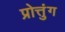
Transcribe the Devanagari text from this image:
प्रोत्तुंग